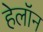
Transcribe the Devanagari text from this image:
हेलॉन